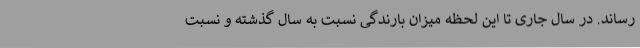
رساند. در سال جاری تا این لحظه میزان بارندگی نسبت به سال گذشته و نسبت